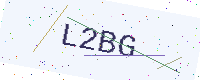
Text: L2BG